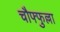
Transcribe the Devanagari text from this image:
चौफ्फुल्ला